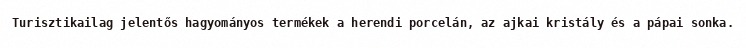
Turisztikailag jelentős hagyományos termékek a herendi porcelán, az ajkai kristály és a pápai sonka.